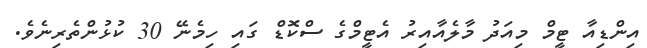
އިންޑިއާ ޓީމް މިއަދު މާލެއާއިރު އެޓީމްގެ ސްކޮޑް ގައި ހިމެނޭ 30 ކުޅުންތެރިނެވެ.